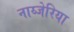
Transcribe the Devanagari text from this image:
नाय्जेरिया